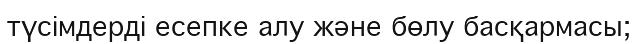
түсімдерді есепке алу және бөлу басқармасы;